Report on metropolitan horse fairs and district horse shows of 1891-92 - 1891-1892
Year: 1891
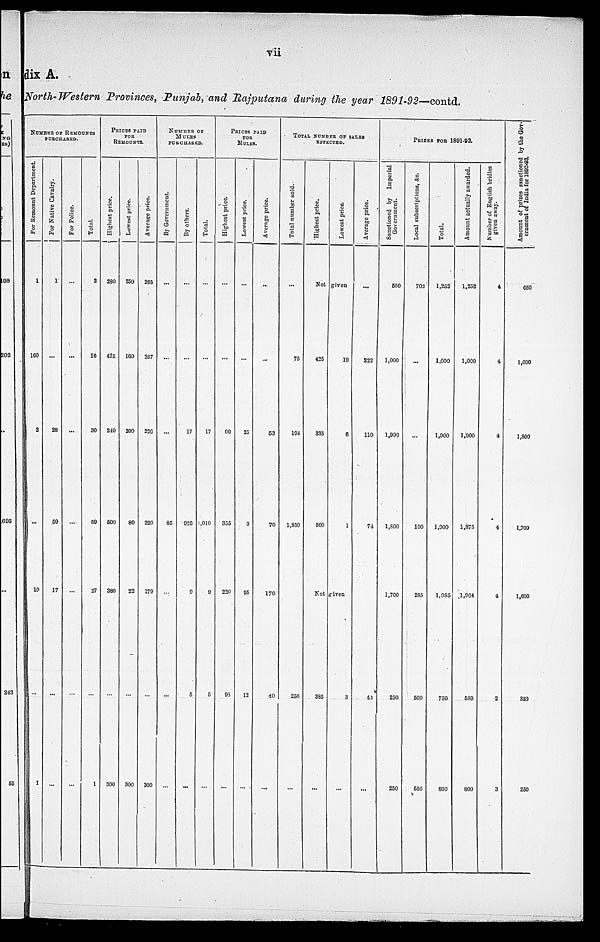
vii
dix A.
North-Western Provinces, Punjab, and Rajputana during the year 1891-92—contd.
NUMBER OF REMOUNTS
PURCHASED.
For Re mo u n t Department
1
160
2
...
10
...
1
For Native Cavalry.
1
...
28
59
17
...
...
For Police.
...
...
...
...
...
...
...
Total.
2
16
30
59
27
...
1
PRICES PAID
FOR
REMOUNTS.
Highest price.
280
425
240
500
380
...
300
Lowest price.
250
160
300
80
22
...
300
Average price.
205
257
220
290
179
...
300
NUMBER OF
MULES
PURCHASED.
By Government.
...
...
...
85
...
...
...
By others.
...
...
17
925
9
5
...
Total.
...
...
17
1,010
9
5
...
PRICES PAID
FOR
MULES.
Highest price.
...
...
90
355
220
98
...
Lowest price.
...
...
25
3
95
12
...
Average price.
...
...
53
70
170
40
...
TOTAL NUMBER OF SALES
EFFECTED.
Total number sold.
...
75
194
1,850
256
...
Highest price.
Not
425
335
500
Not
385
...
Lowest price.
given
19
6
1
given
3
...
Average price.
...
222
110
74
44
...
PRIZES FOR 1891-92.
Sanctioned by Imperial
Government.
550
1,000
1,900
1,800
1,700
250
250
Local subscriptions, &c.
702
...
...
100
285
500
550
Total.
1,252
1,000
1,900
1,000
1,985
750
800
Amount actually awarded.
1,252
1,000
1,900
1,875
1,964
589
800
Number of English bridles
given away.
4
4
4
4
4
2
3
Amount of prizes sanctioned by the Gov-
ernment of India for 1892-93.
650
1,000
1,800
1,700
1,600
350
250